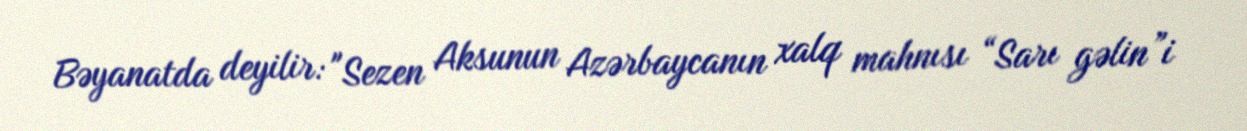
Bəyanatda deyilir: "Sezen Aksunun Azərbaycanın xalq mahnısı “Sarı gəlin”i